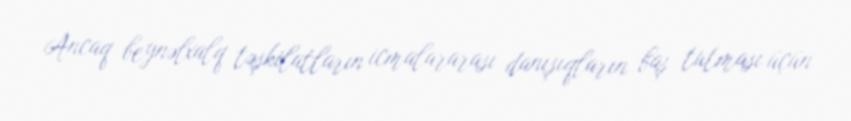
Ancaq beynəlxalq təşkilatların icmalararası danışıqların baş tutması üçün